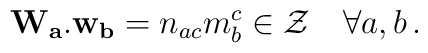
{\bf W_a .w_b}= n_{ac}m_b^c \in {\cal Z} ~~~ \forall a,b \, .